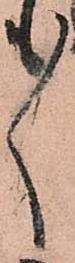
ゝ